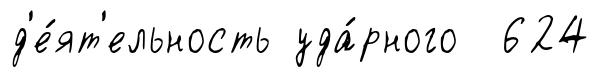
д'е́ят'ельность уда́рного 624